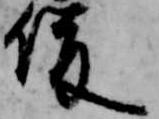
俊